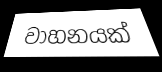
වාහනයක්